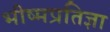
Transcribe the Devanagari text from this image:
भीष्मप्रतिज्ञा